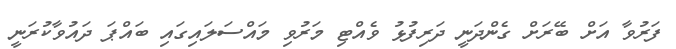
ފަރުވާ އަށް ބޭރަށް ގެންދަނީ ދަރިފުޅު ވެއްޓި މަރުވި މައްސަލައިގައި ބައްޕަ ދައުވާކުރަނީ